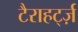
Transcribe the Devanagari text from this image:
टैराहर्ट्ज़